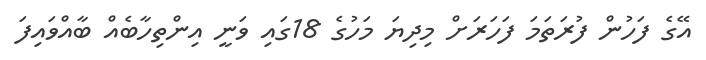
އޭގެ ފަހުން ފުރަތަމަ ފަހަރަށް މިދިޔަ މަހުގެ 18ގައި ވަނީ އިންތިހާބެއް ބާއްވައިފަ